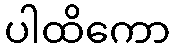
ပါထိကော